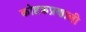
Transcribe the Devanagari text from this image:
कोष्टकप्रणाली